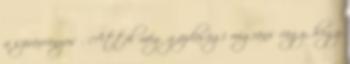
a szivárványos . Attól még gazdasági migráns vagy, hogy